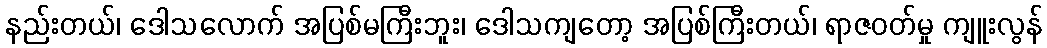
နည်းတယ်၊ ဒေါသလောက် အပြစ်မကြီးဘူး၊ ဒေါသကျတော့ အပြစ်ကြီးတယ်၊ ရာဇဝတ်မှု ကျူးလွန်